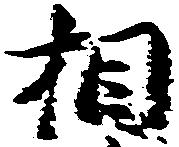
相